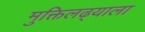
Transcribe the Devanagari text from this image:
मुक्तिलढ्याला